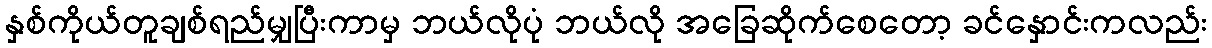
နှစ်ကိုယ်တူချစ်ရည်မျှပြီးကာမှ ဘယ်လိုပုံ ဘယ်လို အခြေဆိုက်စေတော့ ခင်နှောင်းကလည်း